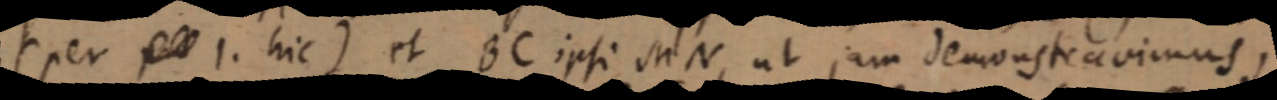
(per _ 1. hic) Et BC ipsi MN, ut jam demonstravimus,